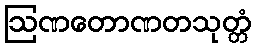
ဩဏတောဏတသုတ္တံ